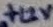
Text: +12V